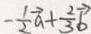
- \frac { 1 } { 2 } \overrightarrow { a } + \frac { 2 } { 3 } \overrightarrow { b }